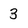
Character: 3